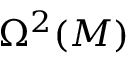
\Omega ^ { 2 } ( M )